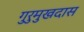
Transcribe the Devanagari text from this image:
गुरुमुखदास